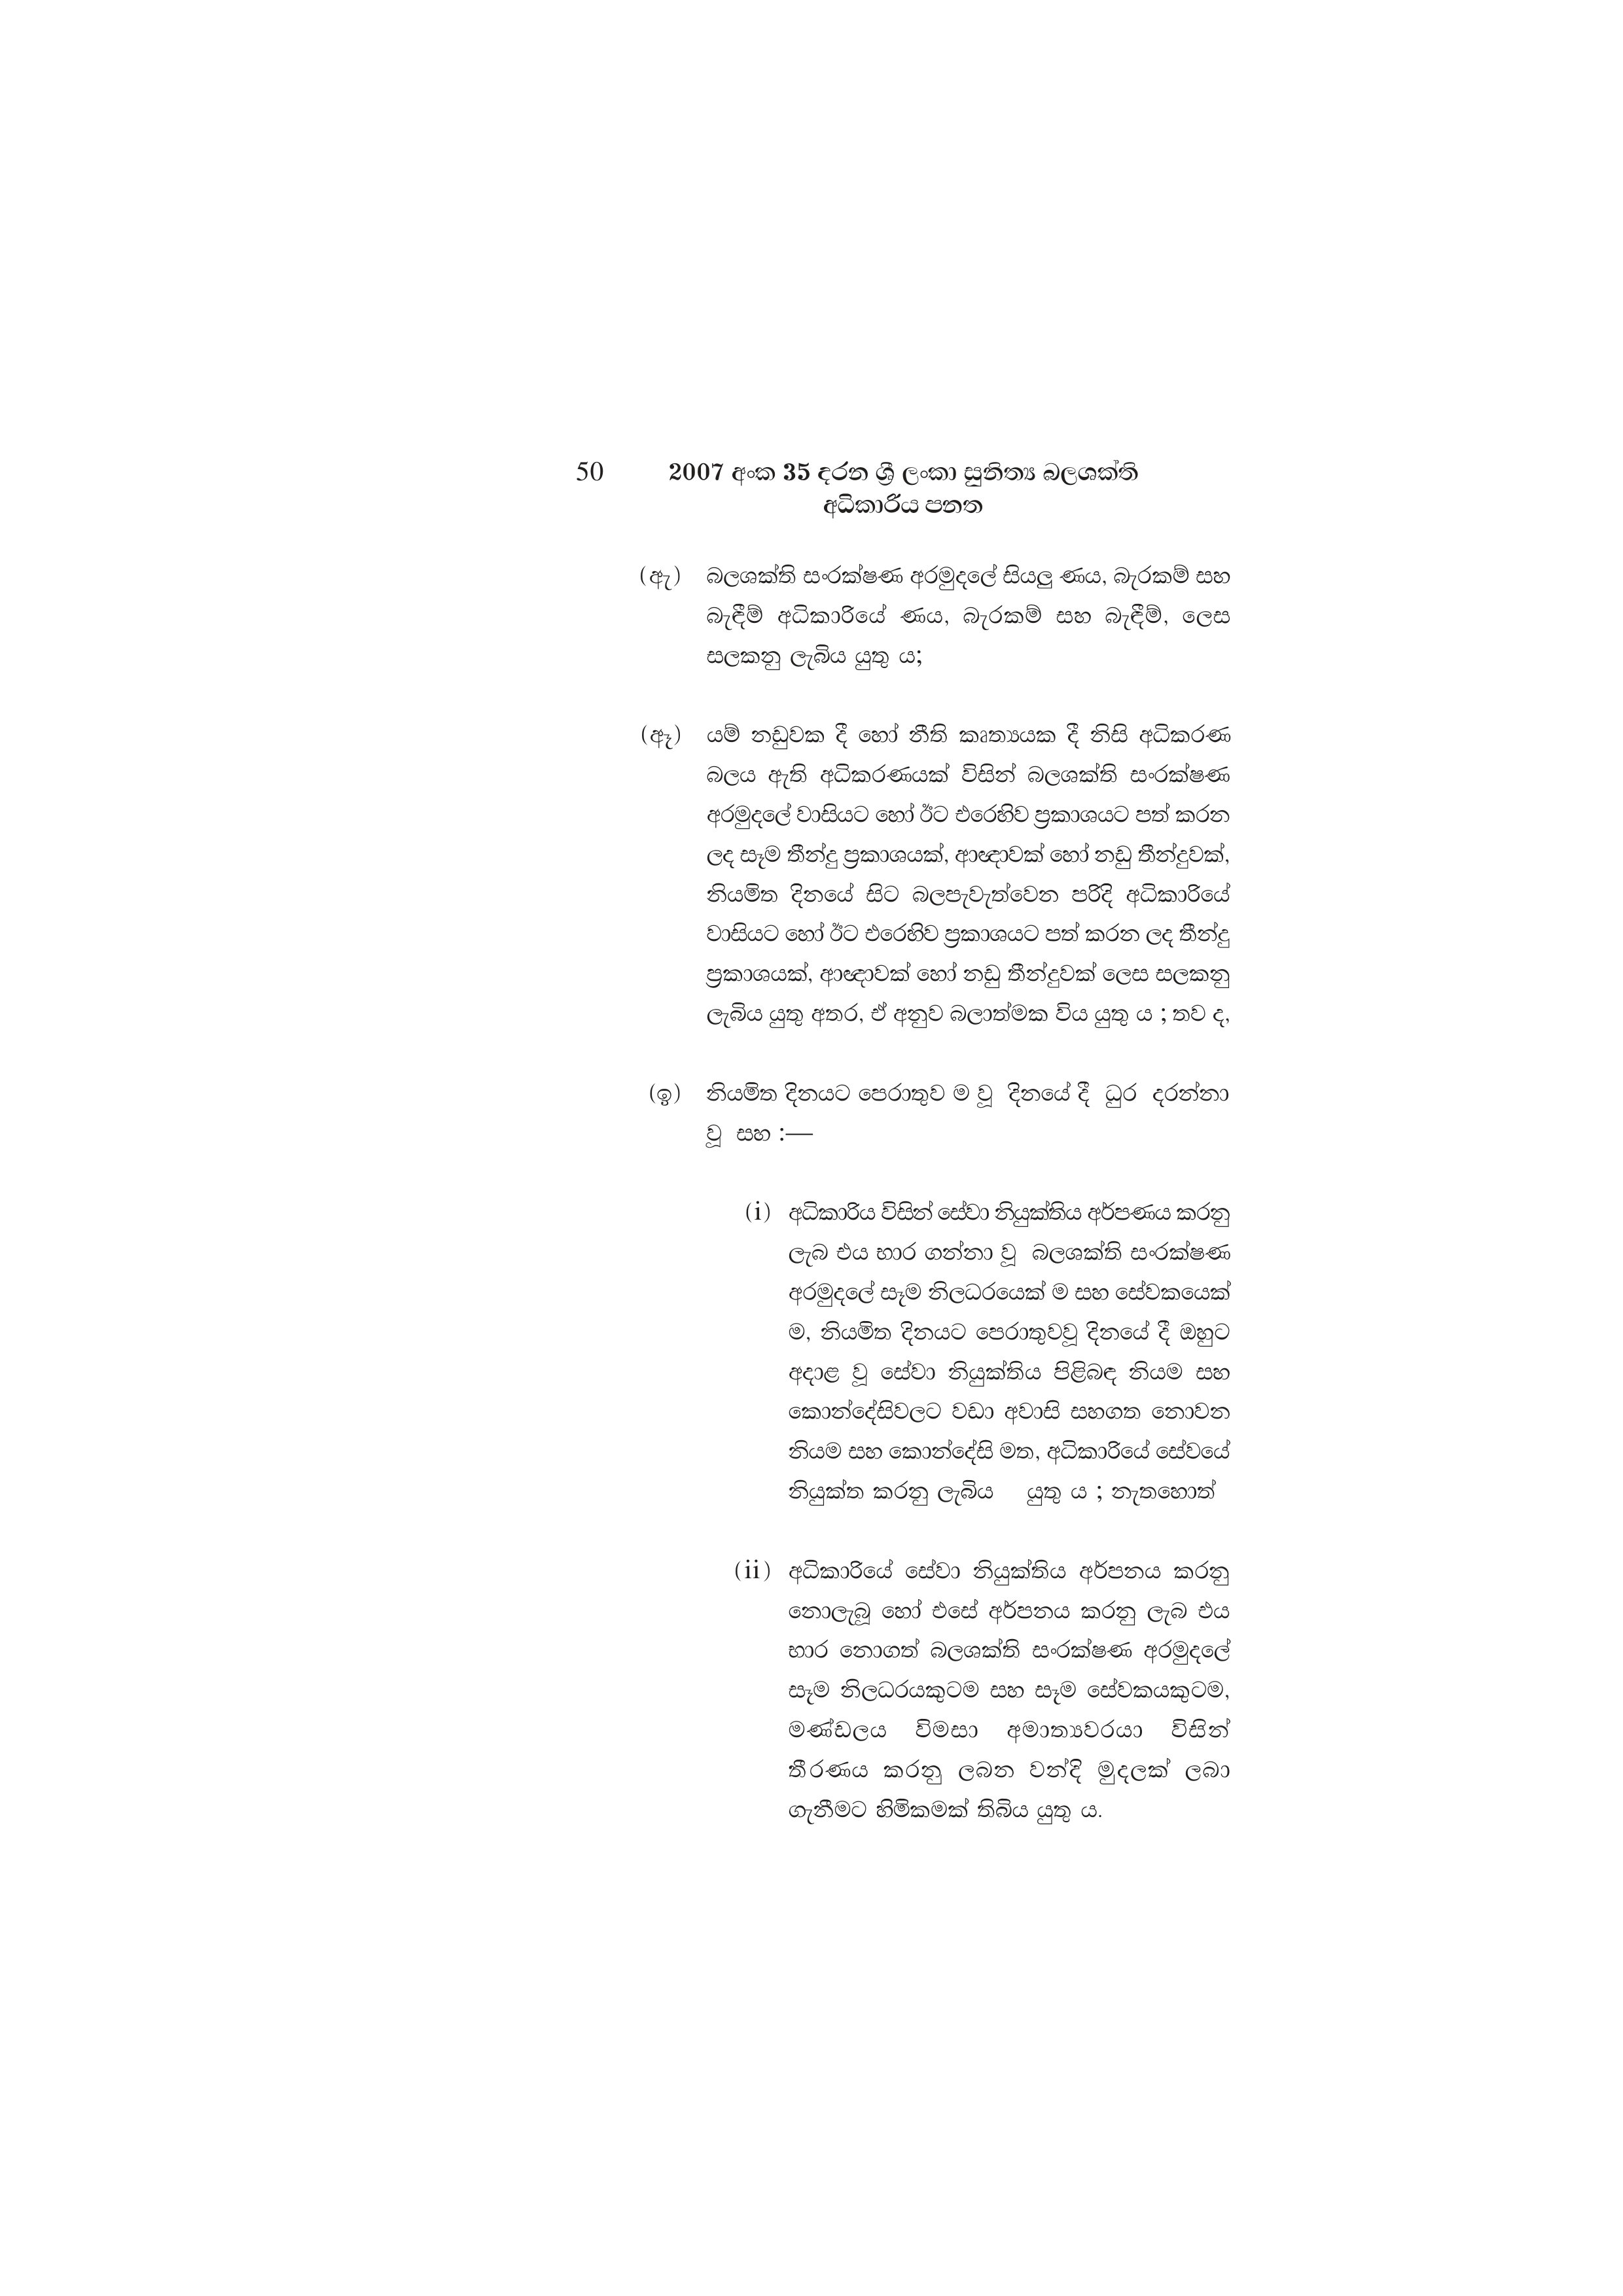
50 2007 අංක 35 දරන ශ්‍රී ලංකා සුනිත්‍ය බලශක්ති
අධිකාරිය පනත

(ඇ) බලශක්ති සංරක්ෂණ අරමුදලේ සියලු ණය, බැරකම් සහ
බැඳීම් අධිකාරියේ ණය, බැරකම් සහ බැඳීම්, ලෙස
සලකනු ලැබිය යුතු ය;

(ඈ) යම් නඩුවක දී හෝ නීති කෘත්‍යයක දී නිසි අධිකරණ
බලය ඇති අධිකරණයක් විසින් බලශක්ති සංරක්ෂණ
අරමුදලේ වාසියට හෝ ඊට එරෙහිව ප්‍රකාශයට පත් කරන
ලද සෑම තීන්දු ප්‍රකාශයක්, ආඥාවක් හෝ නඩු තීන්දුවක්,
නියමිත දිනයේ සිට බලපැවැත්වෙන පරිදි අධිකාරියේ
වාසියට හෝ ඊට එරෙහිව ප්‍රකාශයට පත් කරන ලද තීන්දු
ප්‍රකාශයක්, ආඥාවක් හෝ නඩු තීන්දුවක් ලෙස සලකනු
ලැබිය යුතු අතර, ඒ අනුව බලාත්මක විය යුතු ය ; තව ද,

(ඉ) නියමිත දිනයට පෙරාතුව ම වූ දිනයේ දී ධුර දරන්නා
වූ සහ :—

(i) අධිකාරිය විසින් සේවා නියුක්තිය අර්පණය කරනු
ලැබ එය භාර ගන්නා වූ බලශක්ති සංරක්ෂණ
අරමුදලේ සෑම නිලධරයෙක් ම සහ සේවකයෙක්
ම, නියමිත දිනයට පෙරාතුවවූ දිනයේ දී ඔහුට
අදාළ වූ සේවා නියුක්තිය පිළිබඳ නියම සහ
කොන්දේසිවලට වඩා අවාසි සහගත නොවන
නියම සහ කොන්දේසි මත, අධිකාරියේ සේවයේ
නියුක්ත කරනු ලැබිය යුතු ය ; නැතහොත්

(ii) අධිකාරියේ සේවා නියුක්තිය අර්පනය කරනු
නොලැබූ හෝ එසේ අර්පනය කරනු ලැබ එය
භාර නොගත් බලශක්ති සංරක්ෂණ අරමුදලේ
සෑම නිලධරයකුටම සහ සෑම සේවකයකුටම,
මණ්ඩලය විමසා අමාත්‍යවරයා විසින්
තීරණය කරනු ලබන වන්දි මුදලක් ලබා
ගැනීමට හිමිකමක් තිබිය යුතු ය.